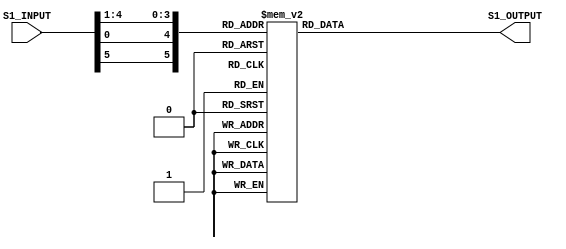
`timescale 1ns / 1ps
//////////////////////////////////////////////////////////////////////////////////
// Company: 
// Engineer: 
// 
// Design Name: 
// Module Name:    Sbox_Rom1 
// Project Name: 
// Target Devices: 
// Tool versions: 
// Description: 
//
// Dependencies: 
//
// Revision: 
// Revision 0.01 - File Created
// Additional Comments: 
//
//////////////////////////////////////////////////////////////////////////////////
module Sbox_Rom1(S1_INPUT, S1_OUTPUT);
 input [6 : 1] S1_INPUT;
 output [3 : 0] S1_OUTPUT;
 wire [6 : 1] S1_INPUT;
 reg [3 : 0] S1_OUTPUT;
 wire [6 : 1] S1_SELECT;
 assign S1_SELECT = {S1_INPUT[6], S1_INPUT[1], S1_INPUT[5 : 2]};
always @(S1_SELECT)
begin
case (S1_SELECT)
6'b000000: S1_OUTPUT <= 4'hE;
6'b000001: S1_OUTPUT <= 4'h4;
6'b000010: S1_OUTPUT <= 4'hD;
6'b000011: S1_OUTPUT <= 4'h1;
6'b000100: S1_OUTPUT <= 4'h2;
6'b000101: S1_OUTPUT <= 4'hF;
6'b000110: S1_OUTPUT <= 4'hB;
6'b000111: S1_OUTPUT <= 4'h8;
6'b001000: S1_OUTPUT <= 4'h3;
6'b001001: S1_OUTPUT <= 4'hA;
6'b001010: S1_OUTPUT <= 4'h6;
6'b001011: S1_OUTPUT <= 4'hC;
6'b001100: S1_OUTPUT <= 4'h5;
6'b001101: S1_OUTPUT <= 4'h9;
6'b001110: S1_OUTPUT <= 4'h0;
6'b001111: S1_OUTPUT <= 4'h7;
6'b010000: S1_OUTPUT <= 4'h0;
6'b010001: S1_OUTPUT <= 4'hF;
6'b010010: S1_OUTPUT <= 4'h7;
6'b010011: S1_OUTPUT <= 4'h4;
 
6'b010100: S1_OUTPUT <= 4'hE;
6'b010101: S1_OUTPUT <= 4'h2;
6'b010110: S1_OUTPUT <= 4'hD;
6'b010111: S1_OUTPUT <= 4'h1;
6'b011000: S1_OUTPUT <= 4'hA;
6'b011001: S1_OUTPUT <= 4'h6;
6'b011010: S1_OUTPUT <= 4'hC;
6'b011011: S1_OUTPUT <= 4'hB;
6'b011100: S1_OUTPUT <= 4'h9;
6'b011101: S1_OUTPUT <= 4'h5;
6'b011110: S1_OUTPUT <= 4'h3;
6'b011111: S1_OUTPUT <= 4'h8;
6'b100000: S1_OUTPUT <= 4'h4;
6'b100001: S1_OUTPUT <= 4'h1;
6'b100010: S1_OUTPUT <= 4'hE;
6'b100011: S1_OUTPUT <= 4'h8;
6'b100100: S1_OUTPUT <= 4'hD;
6'b100101: S1_OUTPUT <= 4'h6;
6'b100111: S1_OUTPUT <= 4'hB;
6'b101000: S1_OUTPUT <= 4'hF;
6'b101001: S1_OUTPUT <= 4'hC;
6'b101010: S1_OUTPUT <= 4'h9;
6'b101011: S1_OUTPUT <= 4'h7;
6'b101100: S1_OUTPUT <= 4'h3;
 
6'b101101: S1_OUTPUT <= 4'hA;
6'b101110: S1_OUTPUT <= 4'h5;
6'b101111: S1_OUTPUT <= 4'h0;
6'b110000: S1_OUTPUT <= 4'hF;
6'b110001: S1_OUTPUT <= 4'hC;
6'b110010: S1_OUTPUT <= 4'h8;
6'b110011: S1_OUTPUT <= 4'h2;
6'b110100: S1_OUTPUT <= 4'h4;
6'b110101: S1_OUTPUT <= 4'h9;
6'b110110: S1_OUTPUT <= 4'h1;
6'b110111: S1_OUTPUT <= 4'h7;
6'b111000: S1_OUTPUT <= 4'h5;
6'b111001: S1_OUTPUT <= 4'hB;
6'b111010: S1_OUTPUT <= 4'h3;
6'b111011: S1_OUTPUT <= 4'hE;
6'b111100: S1_OUTPUT <= 4'hA;
6'b111101: S1_OUTPUT <= 4'h0;
6'b111110: S1_OUTPUT <= 4'h6;
6'b111111: S1_OUTPUT <= 4'hD;
default: S1_OUTPUT <= 4'h0;
endcase
end
 
endmodule